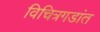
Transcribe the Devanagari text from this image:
विचित्रगडांत